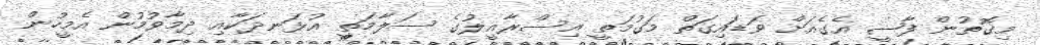
މިގޮތުން ފާޟީ އެގެއަށް ވަޑައިގަތް މަގުމަތީ އިސްރާއީލުގެ ސަލާމަތީ އުޅަނދަކާއި ދިމާވުމުން އެމީހުން